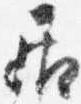
居